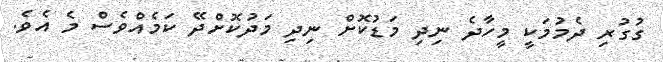
ގުގުރި ދެމުމަކީ މީހާދެ ނިދި މަޑުކޮށް ނިދި މަދުކޮށްދޭ ކަމެއްވެސް މެ އެވެ.